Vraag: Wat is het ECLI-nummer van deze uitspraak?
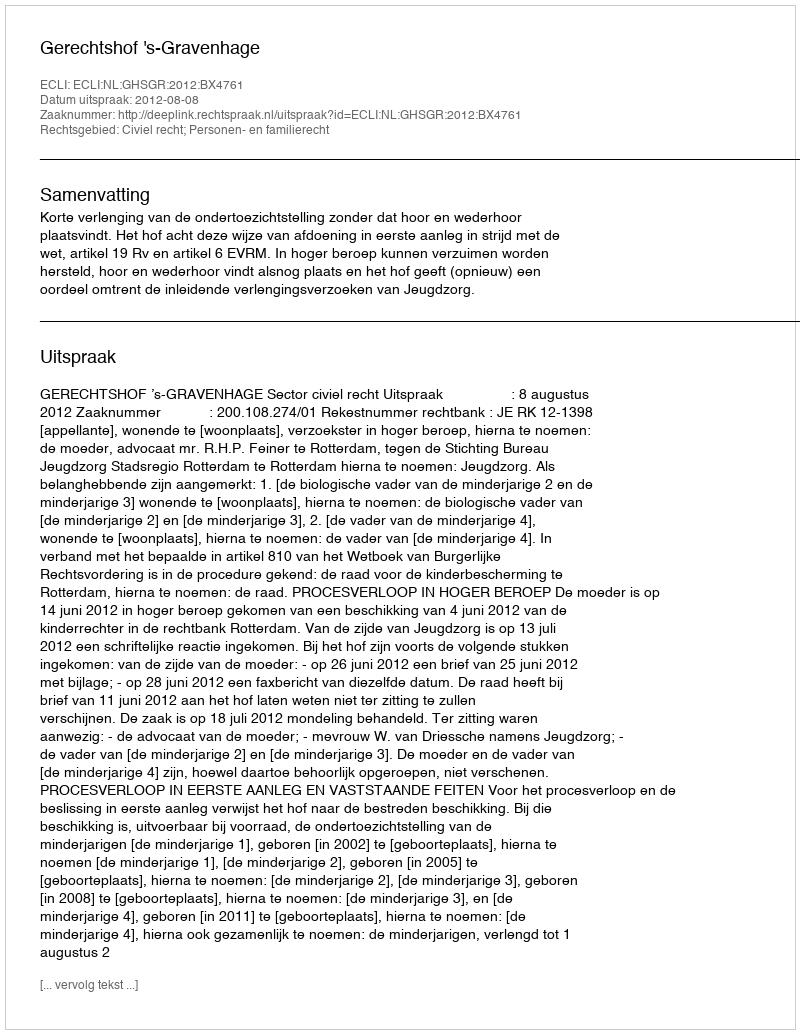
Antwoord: ECLI:NL:GHSGR:2012:BX4761